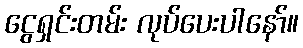
ငွေရှင်းတမ်း လုပ်ပေးပါနော်။